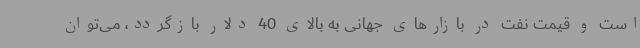
است و قیمت نفت در بازارهای جهانی به بالای 40 دلار باز‌گردد، می‌توان